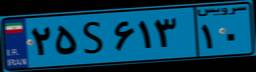
۲۵S۶۱۳۱۰